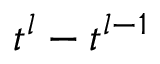
t ^ { l } - t ^ { l - 1 }